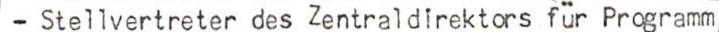
- Stellvertreter des Zentraldirektors für Programm